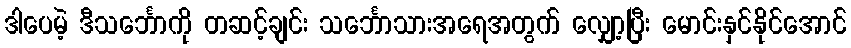
ဒါပေမဲ့ ဒီသင်္ဘောကို တဆင့်ချင်း သင်္ဘောသားအရေအတွက် လျှော့ပြီး မောင်းနှင်နိုင်အောင်